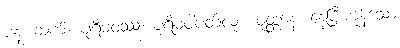
ပန၊ ဆက်။ ပုရိမဝဿံ၊ ပုရိမဝါပတ်လုံး။ ဝုတ္တာနံ၊ နေပြီးကုန်သော